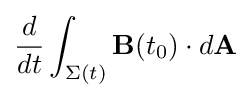
{\frac {d}{dt}}\int _{\Sigma (t)}\mathbf {B} (t_{0})\cdot d\mathbf {A}